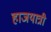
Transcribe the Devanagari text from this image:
हाजयात्री